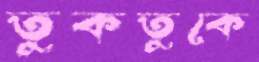
তুকতুকে